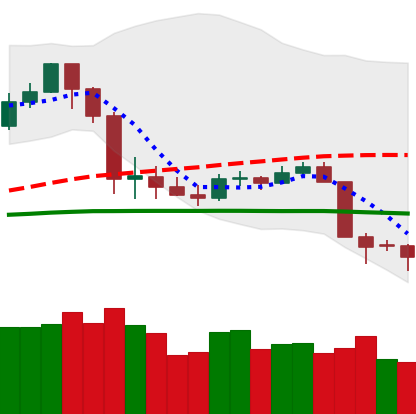
Ticker: LTC-USD
Chart end date: 2020-03-11
Forward return: -32.163%
Label: down_7plus